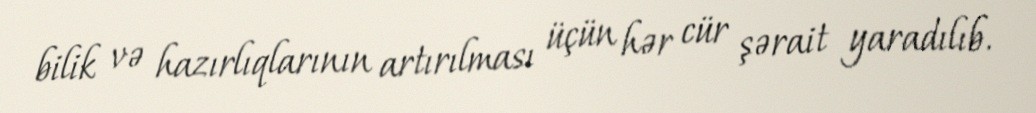
bilik və hazırlıqlarının artırılması üçün hər cür şərait yaradılıb.